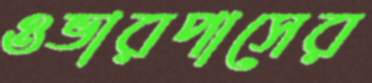
ওভারপাসের